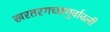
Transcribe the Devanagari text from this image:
खरतरगच्छगुर्वावली